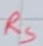
Text: RS